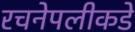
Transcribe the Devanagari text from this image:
रचनेपलीकडे